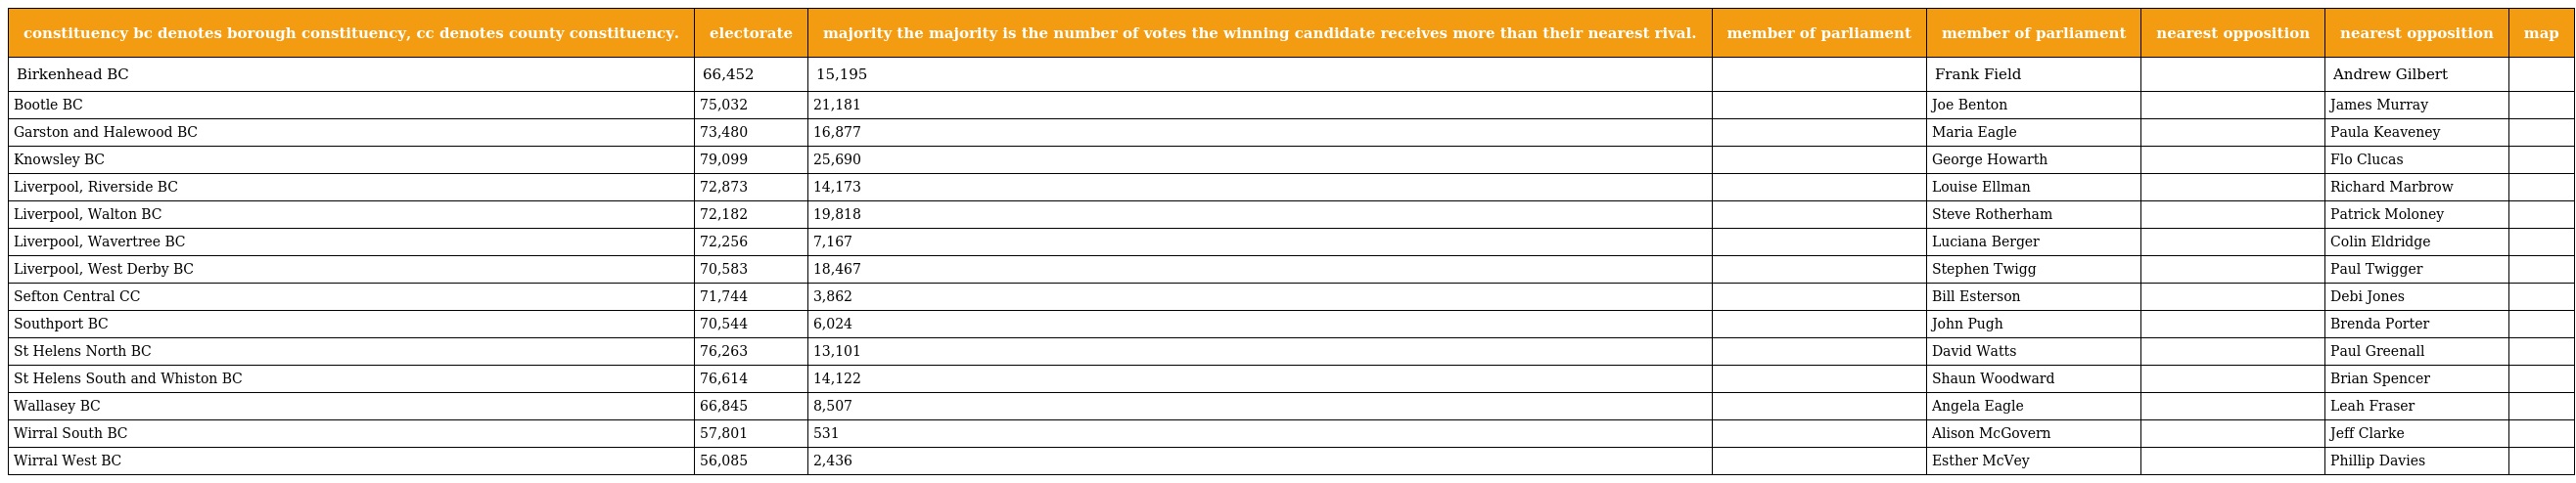
| constituency bc denotes borough constituency, cc denotes county constituency. | electorate | majority the majority is the number of votes the winning candidate receives more than their nearest rival. | member of parliament | member of parliament | nearest opposition | nearest opposition | map |
 | --- | --- | --- | --- | --- | --- | --- | --- |
 | Birkenhead BC | 66,452 | 15,195 |  | Frank Field |  | Andrew Gilbert |  |
 | Bootle BC | 75,032 | 21,181 |  | Joe Benton |  | James Murray |  |
 | Garston and Halewood BC | 73,480 | 16,877 |  | Maria Eagle |  | Paula Keaveney |  |
 | Knowsley BC | 79,099 | 25,690 |  | George Howarth |  | Flo Clucas |  |
 | Liverpool, Riverside BC | 72,873 | 14,173 |  | Louise Ellman |  | Richard Marbrow |  |
 | Liverpool, Walton BC | 72,182 | 19,818 |  | Steve Rotherham |  | Patrick Moloney |  |
 | Liverpool, Wavertree BC | 72,256 | 7,167 |  | Luciana Berger |  | Colin Eldridge |  |
 | Liverpool, West Derby BC | 70,583 | 18,467 |  | Stephen Twigg |  | Paul Twigger |  |
 | Sefton Central CC | 71,744 | 3,862 |  | Bill Esterson |  | Debi Jones |  |
 | Southport BC | 70,544 | 6,024 |  | John Pugh |  | Brenda Porter |  |
 | St Helens North BC | 76,263 | 13,101 |  | David Watts |  | Paul Greenall |  |
 | St Helens South and Whiston BC | 76,614 | 14,122 |  | Shaun Woodward |  | Brian Spencer |  |
 | Wallasey BC | 66,845 | 8,507 |  | Angela Eagle |  | Leah Fraser |  |
 | Wirral South BC | 57,801 | 531 |  | Alison McGovern |  | Jeff Clarke |  |
 | Wirral West BC | 56,085 | 2,436 |  | Esther McVey |  | Phillip Davies |  |